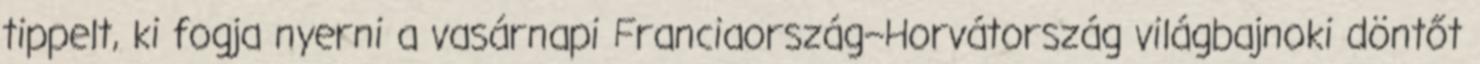
tippelt, ki fogja nyerni a vasárnapi Franciaország–Horvátország világbajnoki döntőt